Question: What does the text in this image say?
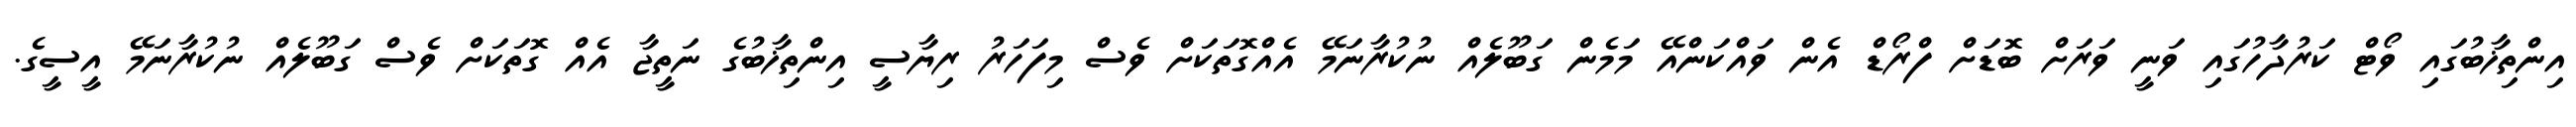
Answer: އިންތިޚާބުގައި ވޯޓް ކަރުދާހުގައި ވަނީ ވަރަށް ބޮޑަށް ފްރޯޑް އެން ވައްކަންއޭ މަމެން ގަބޫލެއް ނުކުރާނަމޭ އެއްގޮތަކަށް ވެސް މިފަހަރު ރިޔާސީ އިންތިޚާބުގެ ނަތީޖާ އެއް ގޮތަކަށް ވެސް ގަބޫލެއް ނުކުރާނަމޭ އީސީގެ.